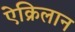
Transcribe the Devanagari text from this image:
ऐक्रिलान